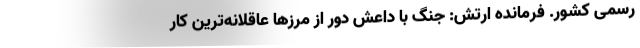
رسمی کشور. فرمانده ارتش: جنگ با داعش دور از مرزها عاقلانه‌ترین کار